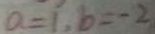
a = 1 , b = - 2